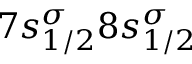
7 s _ { 1 / 2 } ^ { \sigma } 8 s _ { 1 / 2 } ^ { \sigma }